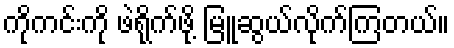
ကိုကင်းကို ဖဲရိုက်ဖို့ မြူဆွယ်လိုက်ကြတယ်။